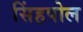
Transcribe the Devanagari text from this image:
सिंहपोल